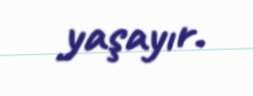
yaşayır.